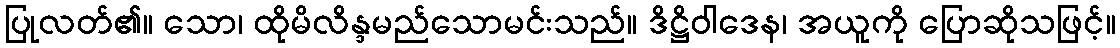
ပြုလတ်၏။ သော၊ ထိုမိလိန္ဒမည်သောမင်းသည်။ ဒိဋ္ဌိဝါဒေန၊ အယူကို ပြောဆိုသဖြင့်။